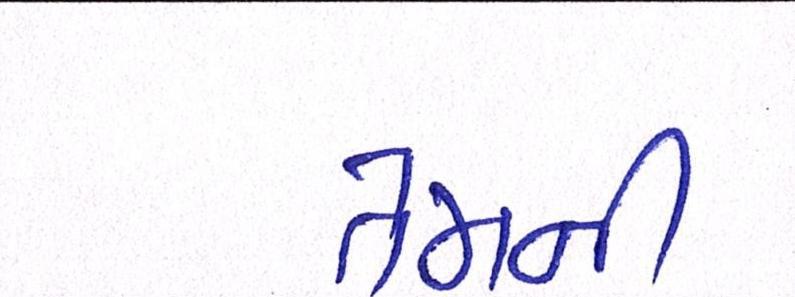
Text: તેમની